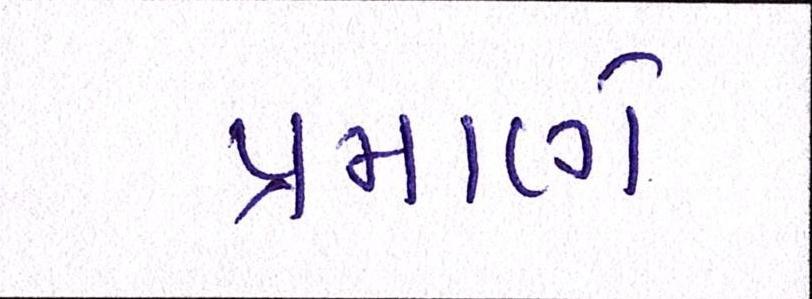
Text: પ્રમાણે